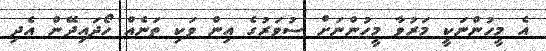
އެ މީހުންނަކީ މަރުވާ މީހުންނަށް ސުވަރުގެ އިން ވަކި ތަނެއް ހޯދައިދޭން އެދި